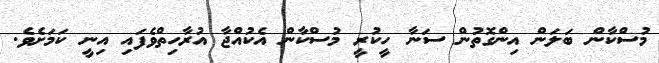
މުސްކާން ބަލަން އިންގޮތުން ސަނާ ހީކުރީ މުސްކާން އެކުއްޖާ އުރާހިތްވެފައި އިނީ ކަމަށެވެ.